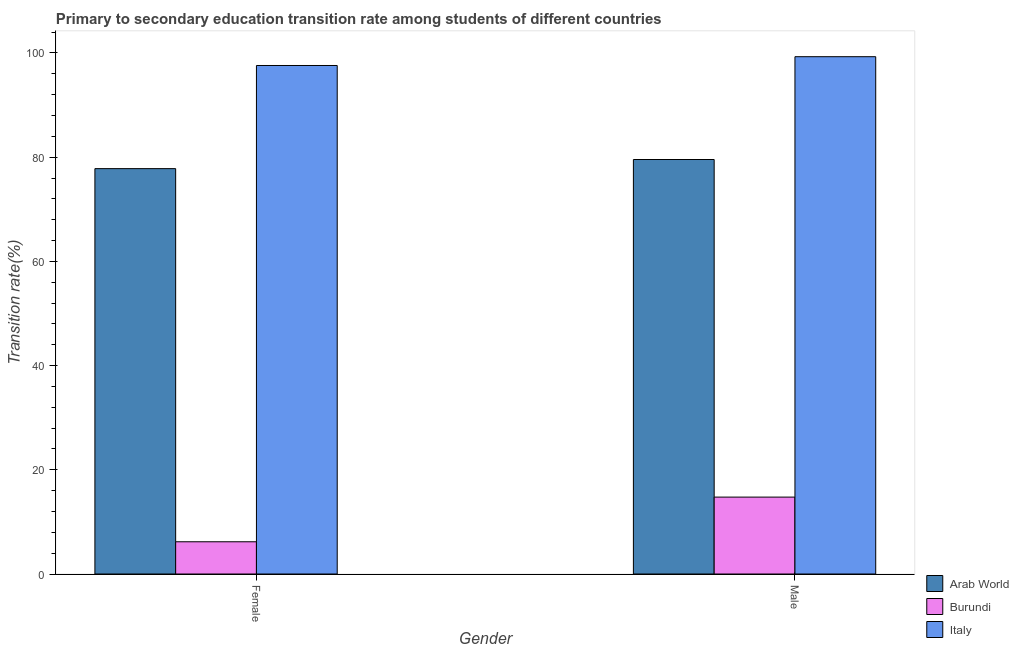
| Gender | Arab World | Burundi | Italy |
 | --- | --- | --- | --- |
 | Female | 77.8 | 6.19 | 97.6 |
 | Male | 79.6 | 14.8 | 99.3 |